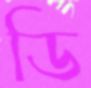
ডি